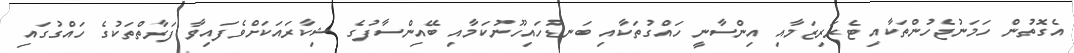
އެގޮތުން ހަމަނުޖެހުންތަކާއި ޓެރަރިޒަމާއި އިންސާނީ ހައްގުތަކާއި ބަނޑުހައިހޫނުކަމާއި ބޭއިންސާފުގެ ޝިކާރައަކަށްވެފައިވާ ފަރާތްތަކުގެ ހައްގުގައި